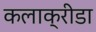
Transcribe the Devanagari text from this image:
कलाक्रीडा